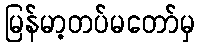
မြန်မာ့တပ်မတော်မှ